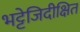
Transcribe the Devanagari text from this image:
भट्टेजिदीक्षित